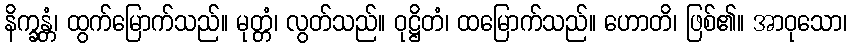
နိက္ခန္တံ၊ ထွက်မြောက်သည်။ မုတ္တံ၊ လွတ်သည်။ ဝုဋ္ဌိတံ၊ ထမြောက်သည်။ ဟောတိ၊ ဖြစ်၏။ အာဝုသော၊